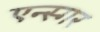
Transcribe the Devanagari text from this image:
एन्स्गर